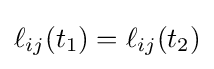
\ell _{ij}(t_{1})=\ell _{ij}(t_{2})